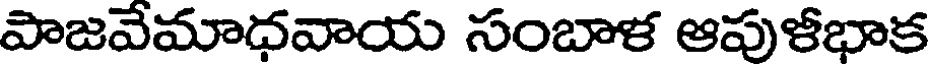
పాజవేమాధవాయ సంబాళ ఆపుళీభాక